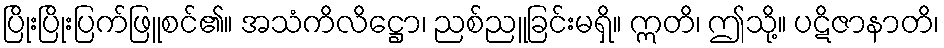
ပြိုးပြိုးပြက်ဖြူစင်၏။ အသံကိလိဋ္ဌော၊ ညစ်ညူခြင်းမရှိ။ ဣတိ၊ ဤသို့။ ပဋိဇာနာတိ၊